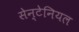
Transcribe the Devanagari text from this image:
सेन्टेनियल